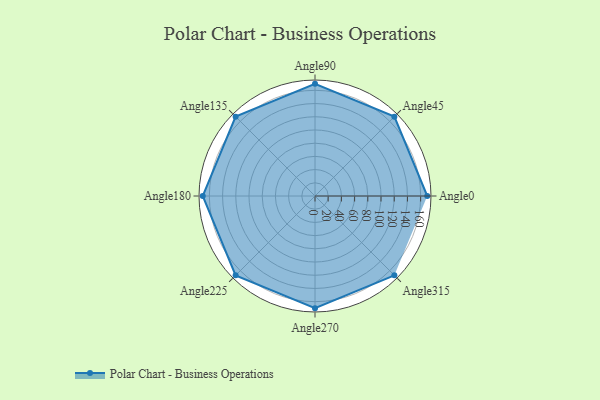
{"axis": {"x": "Angle", "y": "Radius"}, "legend": [""], "data": [{"x": "Angle0", "y": 170, "type": ""}, {"x": "Angle45", "y": 170, "type": ""}, {"x": "Angle90", "y": 170, "type": ""}, {"x": "Angle135", "y": 170, "type": ""}, {"x": "Angle180", "y": 170, "type": ""}, {"x": "Angle225", "y": 170, "type": ""}, {"x": "Angle270", "y": 170, "type": ""}, {"x": "Angle315", "y": 170, "type": ""}]}